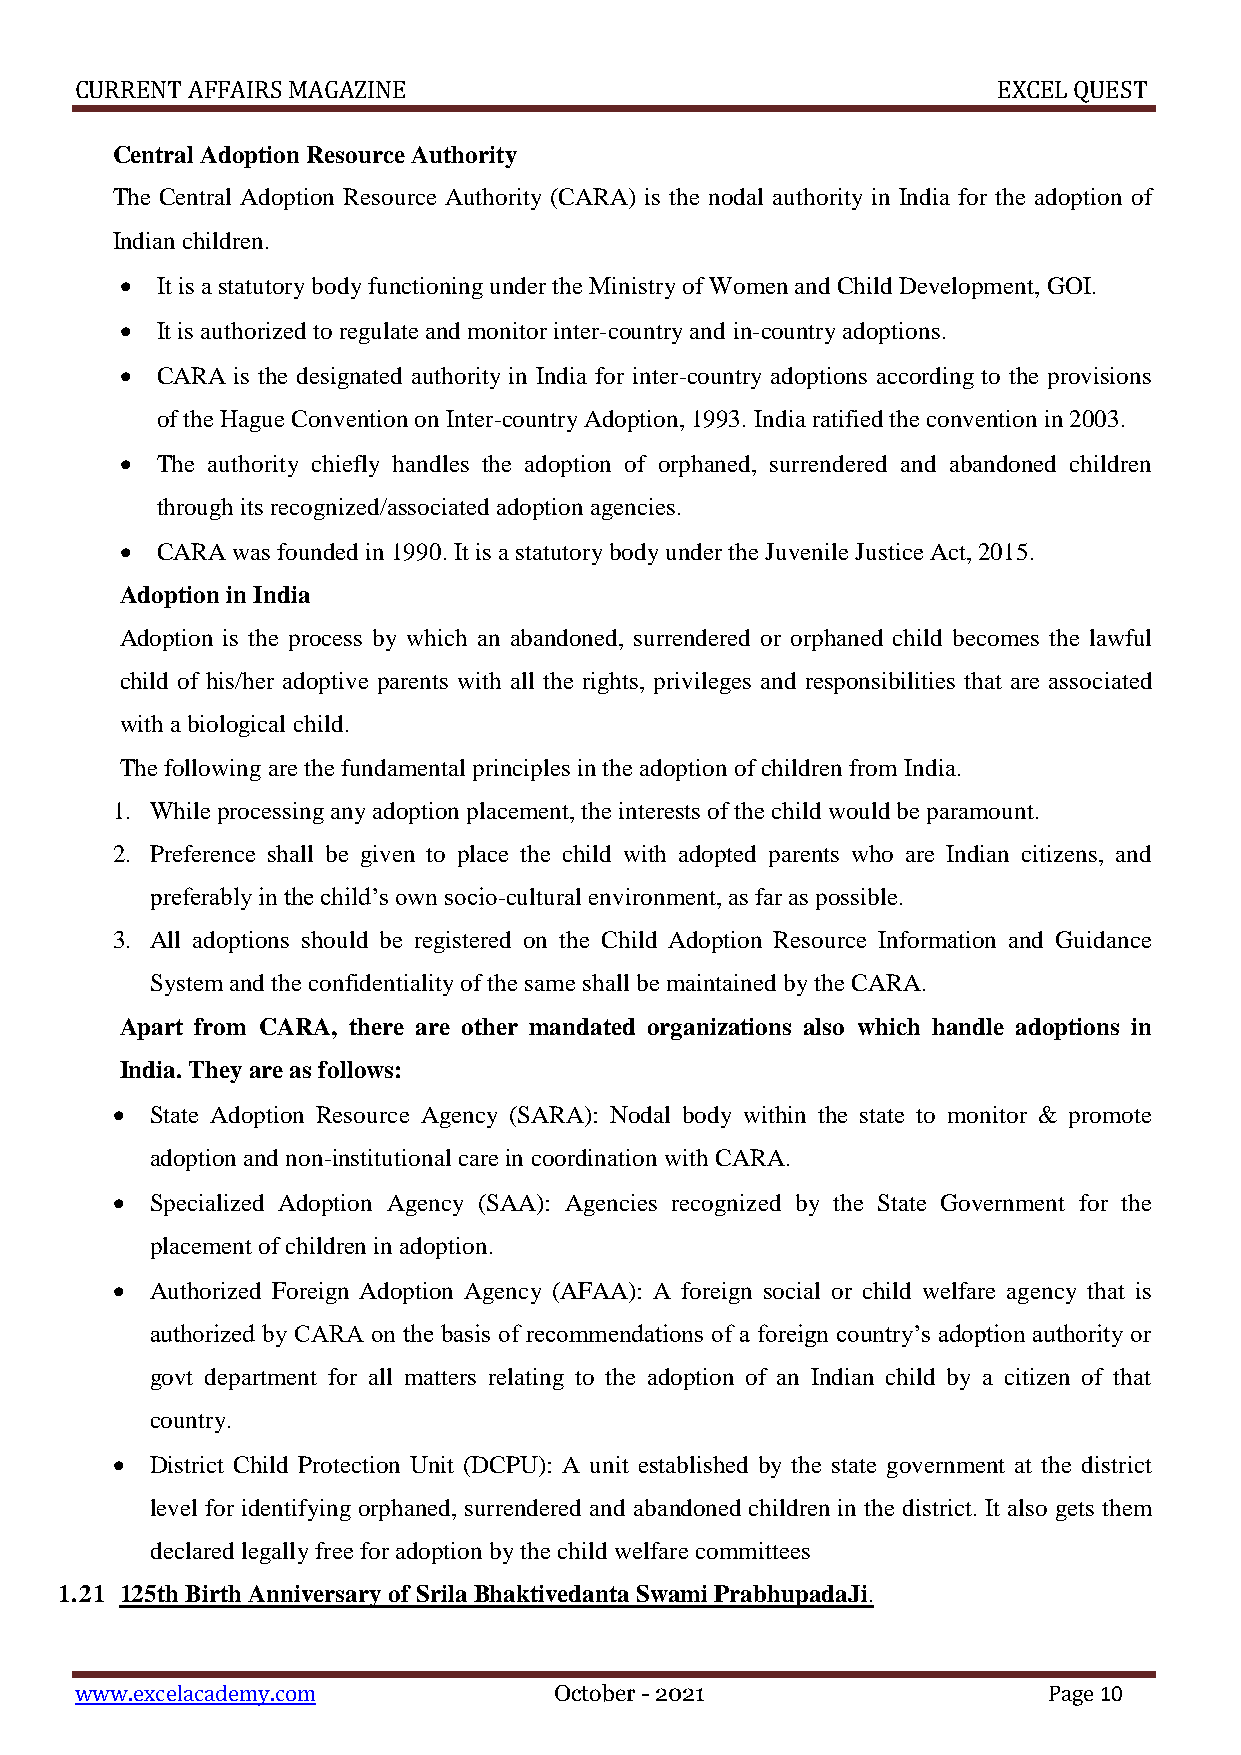
CURRENT AFFAIRS MAGAZINE                                     EXCEL QUEST
 Central Adoption Resource Authority
 The Central Adoption Resource Authority (CARA) is the nodal authority in India for the adoption of
 Indian children.
  It is a statutory body functioning under the Ministry of Women and Child Development, GOI.
  It is authorized to regulate and monitor inter-country and in-country adoptions.
  CARA  is the designated authority in India for inter-country adoptions according to the provisions
 of the Hague Convention on Inter-country Adoption, 1993. India ratified the convention in 2003.
  The authority chiefly handles the adoption of orphaned, surrendered and abandoned children
 through its recognized/associated adoption agencies.
  CARA was founded in 1990. It is a statutory body under the Juvenile Justice Act, 2015.
 Adoption in India
 Adoption is the process by which an abandoned, surrendered or orphaned child becomes the lawful
 child of his/her adoptive parents with all the rights, privileges and responsibilities that are associated
 with a biological child.
 The following are the fundamental principles in the adoption of children from India.
 1. While processing any adoption placement, the interests of the child would be paramount.
 2. Preference shall be given to place the child with adopted parents who are Indian citizens, and
 preferably in the child’s own socio-cultural environment, as far as possible.
 3. All adoptions should be registered on the Child Adoption Resource Information and Guidance
 System and the confidentiality of the same shall be maintained by the CARA.
 Apart from CARA, there are other mandated organizations also which handle adoptions in
 India. They are as follows:
   State Adoption Resource Agency (SARA): Nodal body within the state to monitor & promote
 adoption and non-institutional care in coordination with CARA.
   Specialized Adoption Agency (SAA): Agencies recognized by the State Government for the
 placement of children in adoption.
   Authorized Foreign Adoption Agency (AFAA): A foreign social or child welfare agency that is
 authorized by CARA on the basis of recommendations of a foreign country’s adoption authority or
 govt department for all matters relating to the adoption of an Indian child by a citizen of that
 country.
   District Child Protection Unit (DCPU): A unit established by the state government at the district
 level for identifying orphaned, surrendered and abandoned children in the district. It also gets them
 declared legally free for adoption by the child welfare committees
 1.21 125th Birth Anniversary of Srila Bhaktivedanta Swami PrabhupadaJi.
 www.excelacademy.com            October - 2021                  Page 10